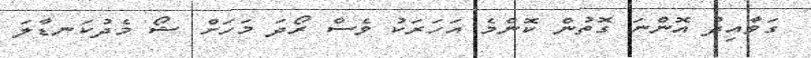
ގަވާއިދު އޮންނަ ގޮތުން ކޮންމެ އަހަރަކު ވެސް ރޯދަ މަހަށް ޝޯ މެދުކަނޑާލަ